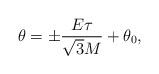
LaTeX: \begin{align*}\theta = \pm \frac{E\tau}{\sqrt{3}M} + \theta_{0} ,\end{align*}